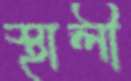
স্থালী